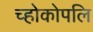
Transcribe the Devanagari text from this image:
च्होकोपलि